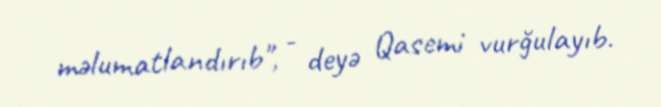
məlumatlandırıb", - deyə Qasemi vurğulayıb.